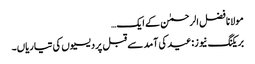
مولانا فضل الرحمٰن کے ایک…
بریکنگ نیوز:عید کی آمد سے قبل پردیسیوں کی تیاریاں۔